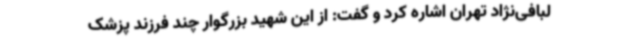
لبافی‌نژاد تهران اشاره کرد و گفت: از این شهید بزرگوار چند فرزند پزشک